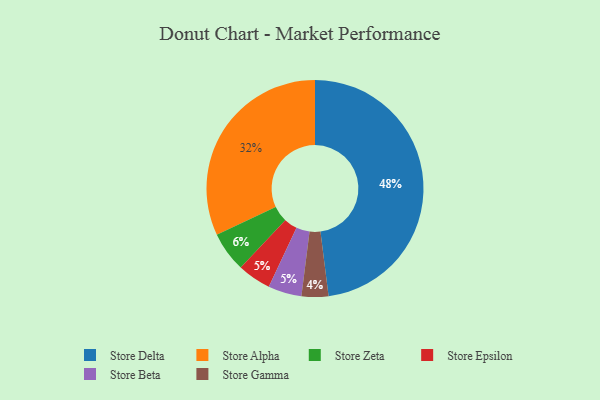
{"axis": {"x": "Category", "y": "Percentage"}, "legend": ["Store Alpha", "Store Beta", "Store Delta", "Store Epsilon", "Store Gamma", "Store Zeta"], "data": [{"x": "Store Epsilon", "y": 5, "type": "Store Epsilon"}, {"x": "Store Alpha", "y": 32, "type": "Store Alpha"}, {"x": "Store Delta", "y": 48, "type": "Store Delta"}, {"x": "Store Gamma", "y": 4, "type": "Store Gamma"}, {"x": "Store Beta", "y": 5, "type": "Store Beta"}, {"x": "Store Zeta", "y": 6, "type": "Store Zeta"}]}